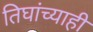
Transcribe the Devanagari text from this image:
तिघांच्याही